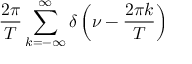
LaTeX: { \frac { 2 \pi } { T } } \sum _ { k = - \infty } ^ { \infty } \delta \left( \nu - { \frac { 2 \pi k } { T } } \right)